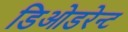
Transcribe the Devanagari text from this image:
डिओडरेन्ट